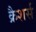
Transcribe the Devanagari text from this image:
क्रैशर्स